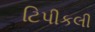
ટિપીકલી